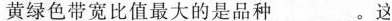
黄绿色带宽比值最大的是品种___。这